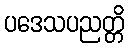
ပဒေသပညတ္တိ